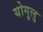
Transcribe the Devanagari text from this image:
योगुलु